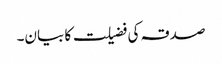
صدقہ کی فضیلت کا بیان۔